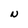
Character: N